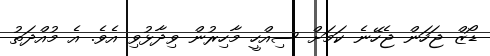
ޑޯޒް ޖަހަން ޖެހޭނެ ކަމަށް ސިއްހީ މާހިރުން ވިދާޅުވި އެވެ. އެ މުއްދަތު